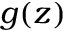
g ( z )